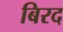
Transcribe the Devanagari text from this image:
बिरद